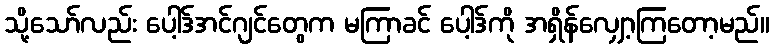
သို့သော်လည်း ပေါ့ဒ်အင်ဂျင်တွေက မကြာခင် ပေါ့ဒ်ကို အရှိန်လျှော့ကြတော့မည်။